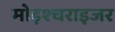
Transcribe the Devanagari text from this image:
मोइश्चराइजर